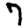
Digit: 7